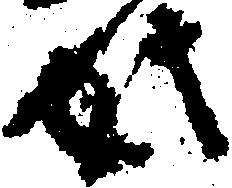
此